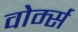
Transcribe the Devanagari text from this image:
वोर्म्स